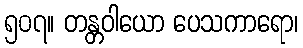
၅၀၇။ တန္တဝါယော ပေသကာရော၊